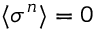
\langle \sigma ^ { n } \rangle = 0